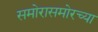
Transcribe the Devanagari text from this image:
समोरासमोरच्या